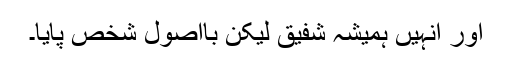
اور انہیں ہمیشہ شفیق لیکن بااصول شخص پایا۔